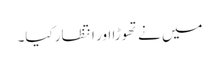
میں نے تھوڑا اور انتظار کیا۔